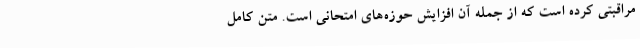
مراقبتی کرده است که از جمله آن افزایش حوزه‌های امتحانی است. متن کامل